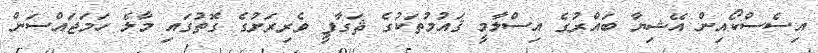
އިސެސްކޯއިން އޭޝިޔާ ބައްރުގެ އިސްލާމީ ޤައުމުތަކުގެ ޘަގާފީ ވެރިރަށުގެ ގޮތުގައި މާލެ ހަމަޖައްސަން